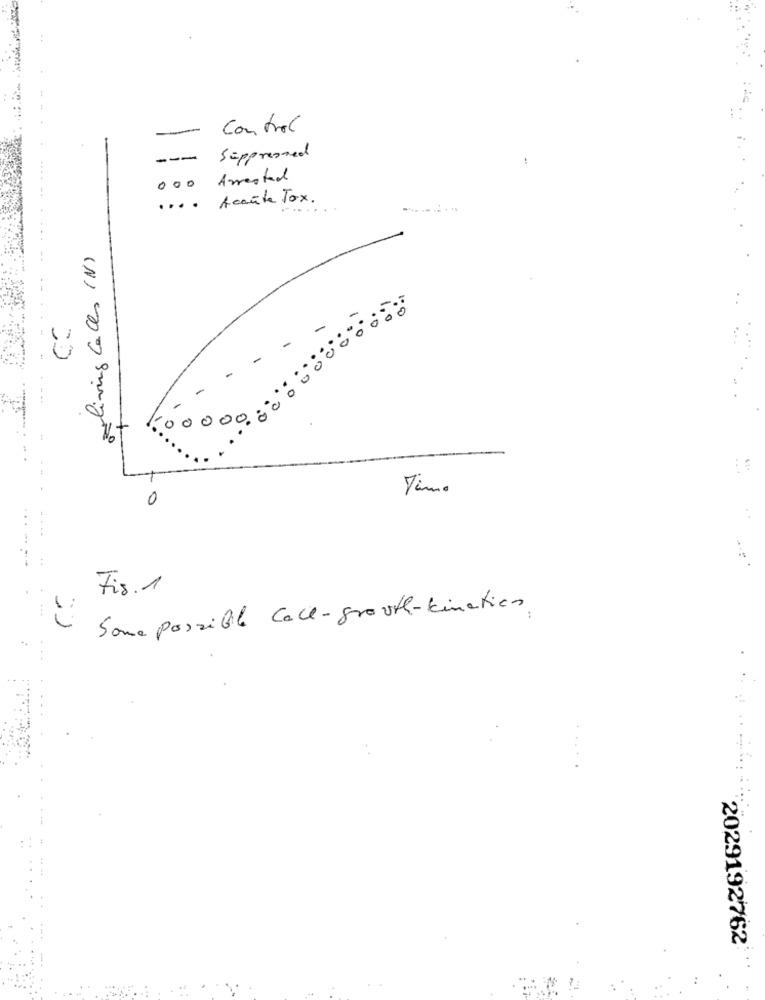
--
Control
---
Suppressed
000 Arrested
.... Acaute Tox.
aliving Caces (N)
-
-
-
-
.. .
Timo
0
.....
--
Fis. 1
Soma possible Call-growth-kination
2029192762